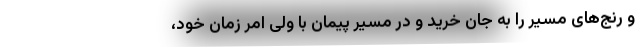
و رنج‌های مسیر را به جان خرید و در مسیر پیمان با ولی امر زمان خود،